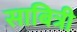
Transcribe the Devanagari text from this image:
साबित्री